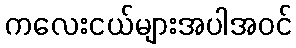
ကလေးငယ်များအပါအဝင်